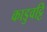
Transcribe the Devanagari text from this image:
काडुवट्टि